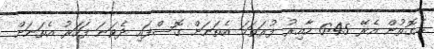
އެގޮތުން އެރޭ 6:45 ހާއިރު ފުރަތަމަ އެތަނަށް ގޮސްފައި ދެވަނަ ފަހަރު އެތަނަށް